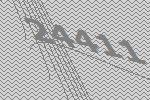
24411